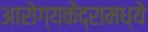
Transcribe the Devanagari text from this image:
आरोग्यकेंद्रामध्ये